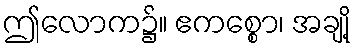
ဤလောက၌။ ဧကစ္စော၊ အချို့